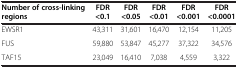
| Number of cross-linking regions | FDR <0.1 | FDR <0.05 | FDR <0.01 | FDR <0.001 | FDR <0.0001 |
 | --- | --- | --- | --- | --- | --- |
 | EWSR1 | 43,311 | 31,601 | 16,470 | 12,154 | 11,205 |
 | FUS | 59,880 | 53,847 | 45,277 | 37,322 | 34,576 |
 | TAF15 | 23,049 | 16,410 | 7,038 | 4,559 | 3,322 |